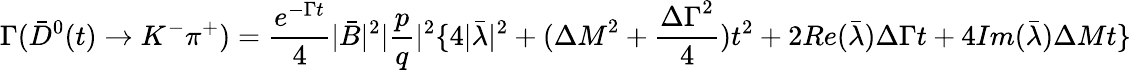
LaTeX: \Gamma(\bar{D}^{0}(t)\to K^{-}\pi^{+})={\frac{e^{-\Gamma t}}{4}}|\bar{B}|^{2}|{\frac{p}{q}}|^{2}\{ 4|\bar{\lambda}|^{2}+({\Delta M}^{2}+{\frac{{\Delta\Gamma}^{2}}{4}})t^{2}+2Re(\bar{\lambda})\Delta\Gamma t+4Im(\bar{\lambda})\Delta Mt\}